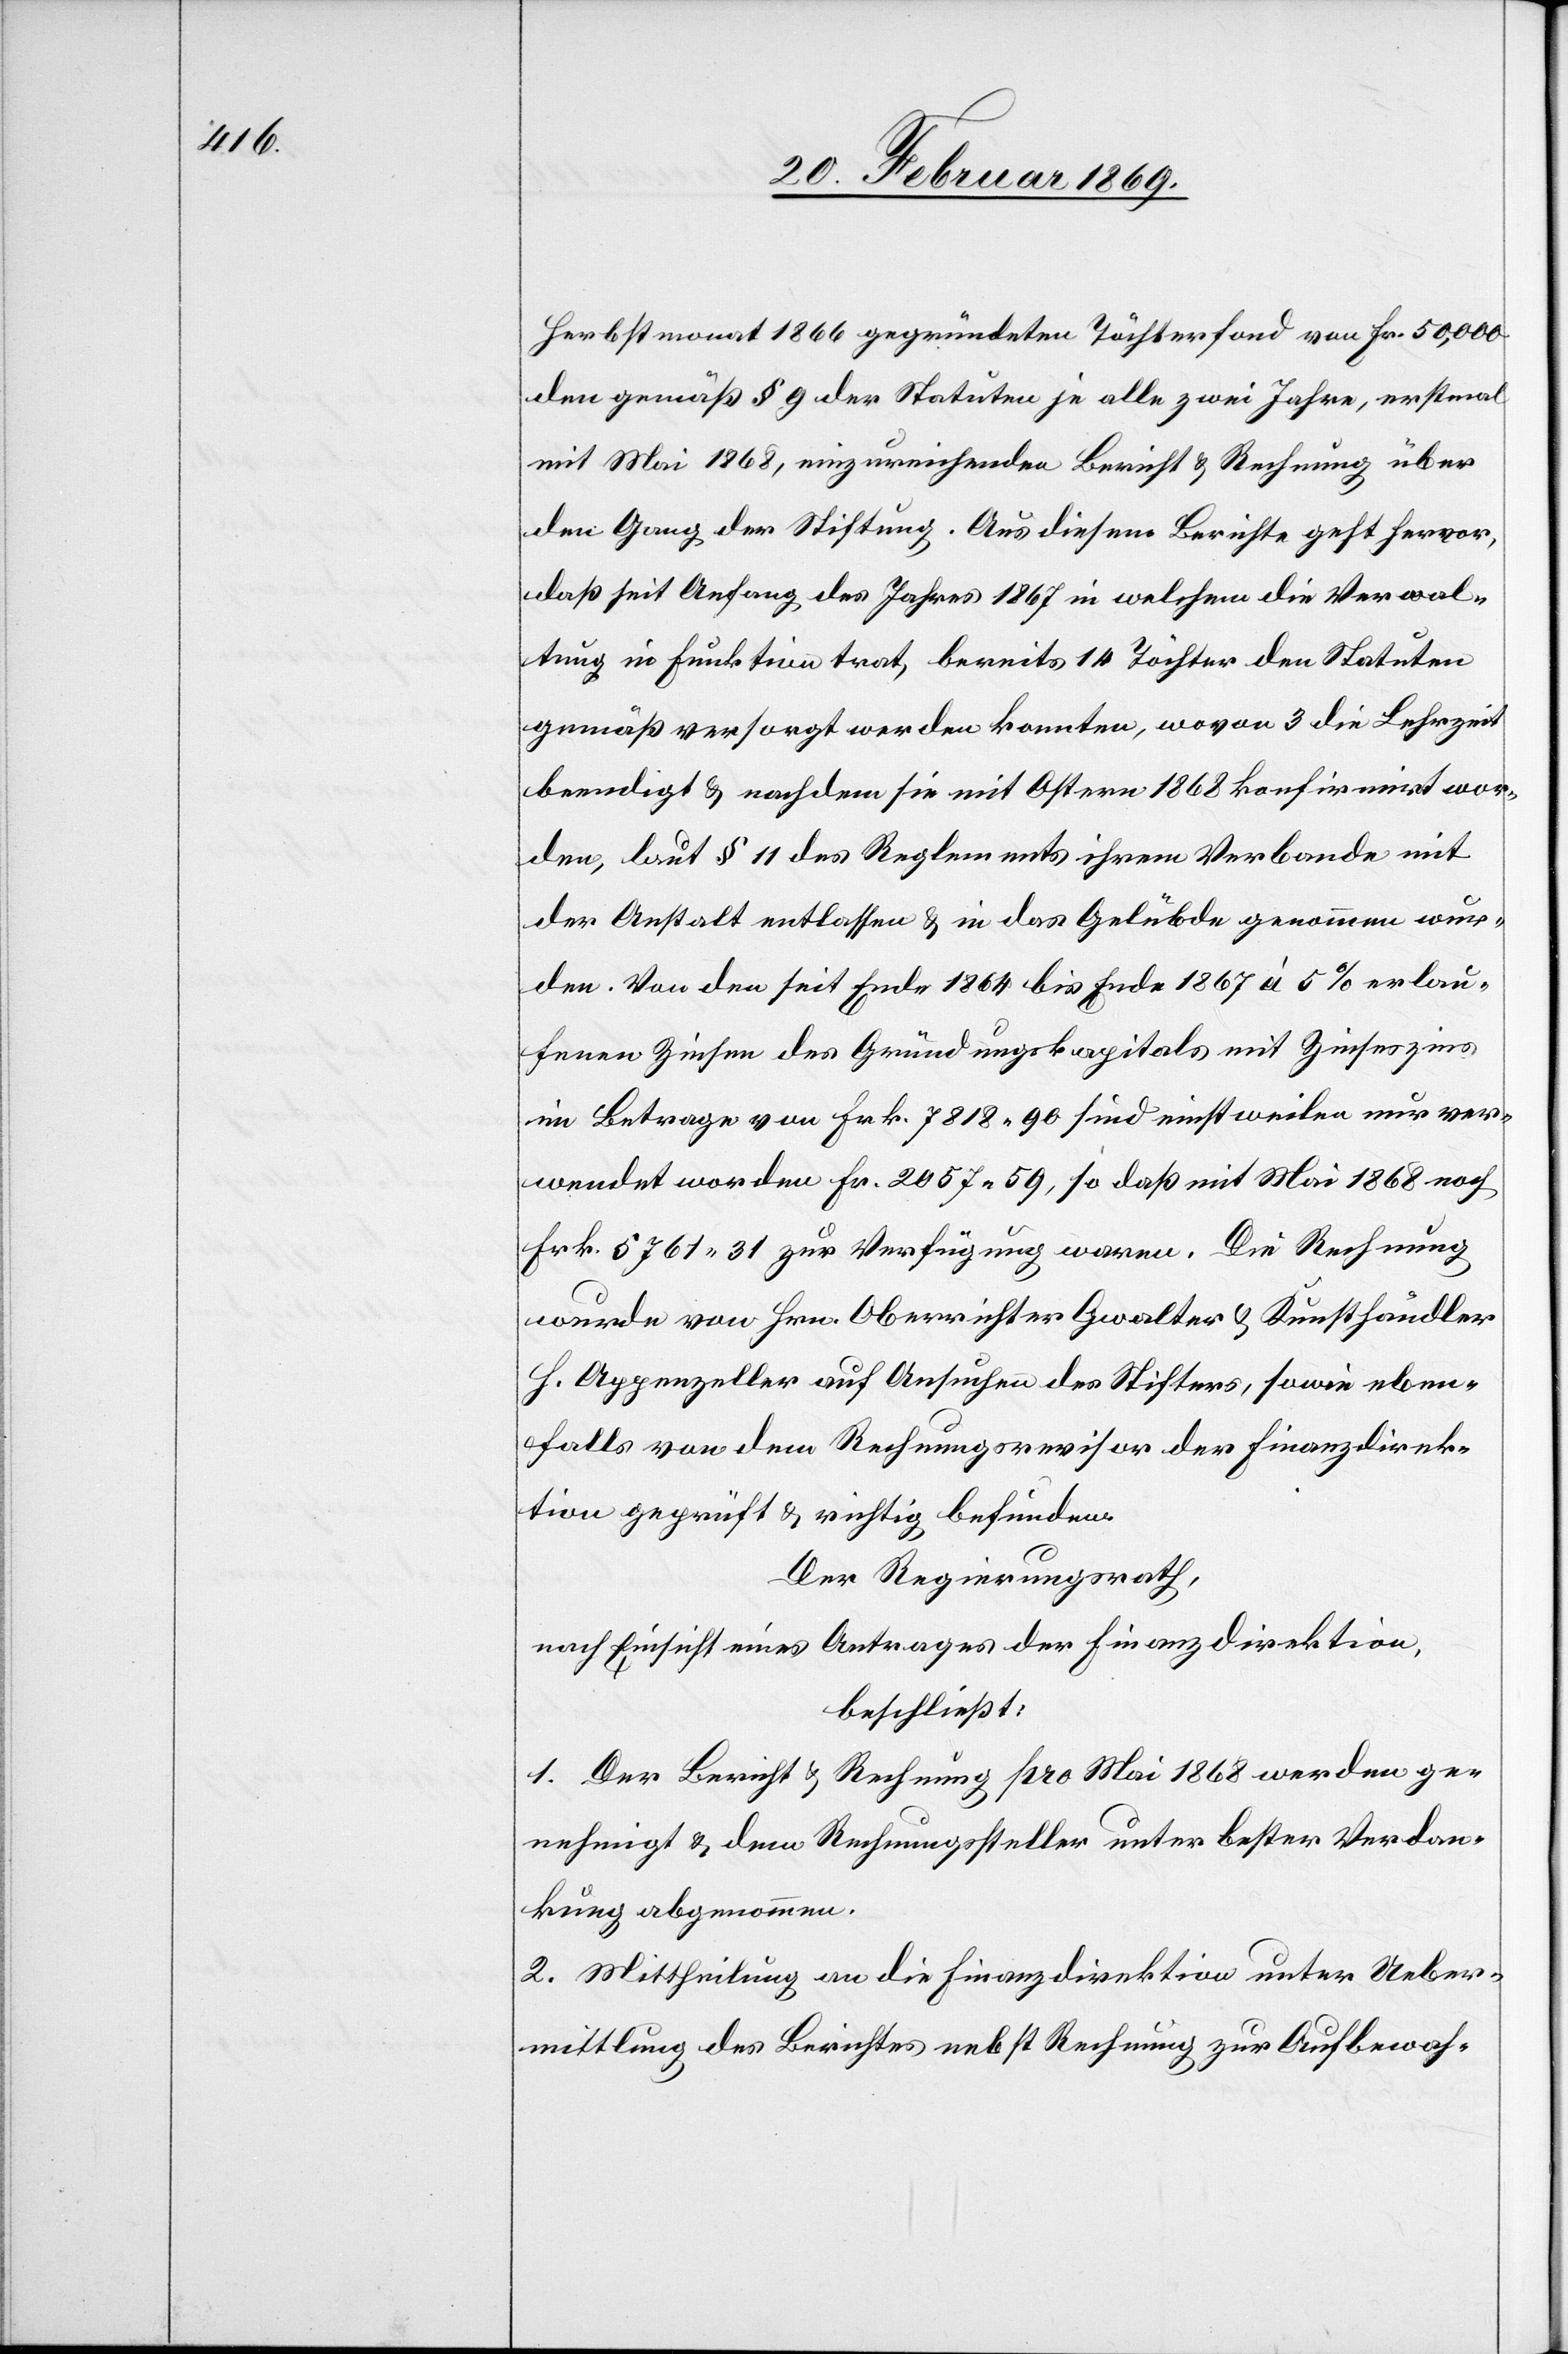
Herbstmonat 1866 gegründeten Töchterfond von Fr. 50,000
den gemäß § 9 der Statuten je alle zwei Jahre, erstmal
mit Mai 1868, einzureichenden Bericht & Rechnung über
den Gang der Stiftung. Aus diesem Berichte geht hervor,
daß seit Anfang des Jahres 1867 in welchem die Verwal¬
tung in Funktion trat, bereits 14 Töchter den Statuten
gemäß versorgt werden konnten, wovon 3 die Lehrzeit
beendigt & nachdem sie mit Ostern 1868 konfirmirt wor¬
den, laut § 11 des Reglements ihrem Verbande mit
der Anstalt entlassen & in das Gelübde genommen wur¬
den. Von den seit Ende 1864 bis Ende 1867 à 5% erlau¬
fenen Zinsen des Gründungskapitals mit Zinseszins
im Betrage von Frk. 7818 90 sind einstweilen nur ver¬
wendet worden Fr. 2057 59, so daß mit Mai 1868 noch
Frk. 5761 31 zur Verfügung waren. Die Rechnung
wurden von Hrn. Oberrichter Gwalter & Kunsthändler
H. Appenzeller auf Ansuchen des Stifters, sowie eben¬
falls von dem Rechnungsrevisor der Finanzdirek¬
tion geprüft & richtig befunden.
Der Regierungsrath,
nach Einsicht eines Antrages der Finanzdirektion,
beschließt:
1. Der Bericht & Rechnung pro Mai 1868 werden ge¬
nehmigt & dem Rechnungssteller unter bester Verdan¬
kung abgenommen.
2. Mittheilung an die Finanzdirektion unter Ueber¬
mittlung des Berichtes nebst Rechnung zur Aufbewah-